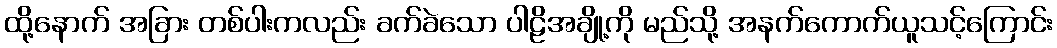
ထို့နောက် အခြား တစ်ပါးကလည်း ခက်ခဲသော ပါဠိအချို့ကို မည်သို့ အနက်ကောက်ယူသင့်ကြောင်း